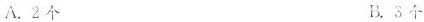
A.2个 B.3个